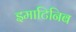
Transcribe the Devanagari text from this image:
इमाटिनिब